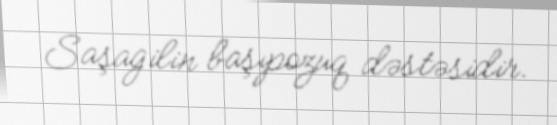
Saşagilin başıpozuq dəstəsidir.